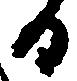
る